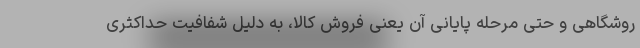
روشگاهی و حتی مرحله پایانی آن یعنی فروش کالا، به دلیل شفافیت حداکثری